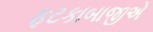
ફટકાબાજીએ